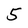
Character: 5